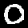
Label: 0